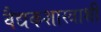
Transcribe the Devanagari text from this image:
वैद्यकशास्त्राशी